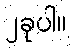
၂ခုပါ။